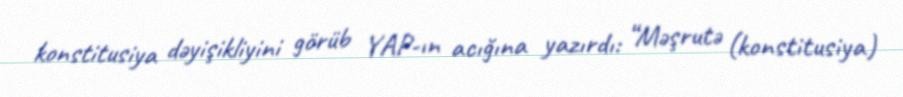
konstitusiya dəyişikliyini görüb YAP-ın acığına yazırdı: “Məşrutə (konstitusiya)